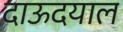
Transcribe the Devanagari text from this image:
दाऊदयाल